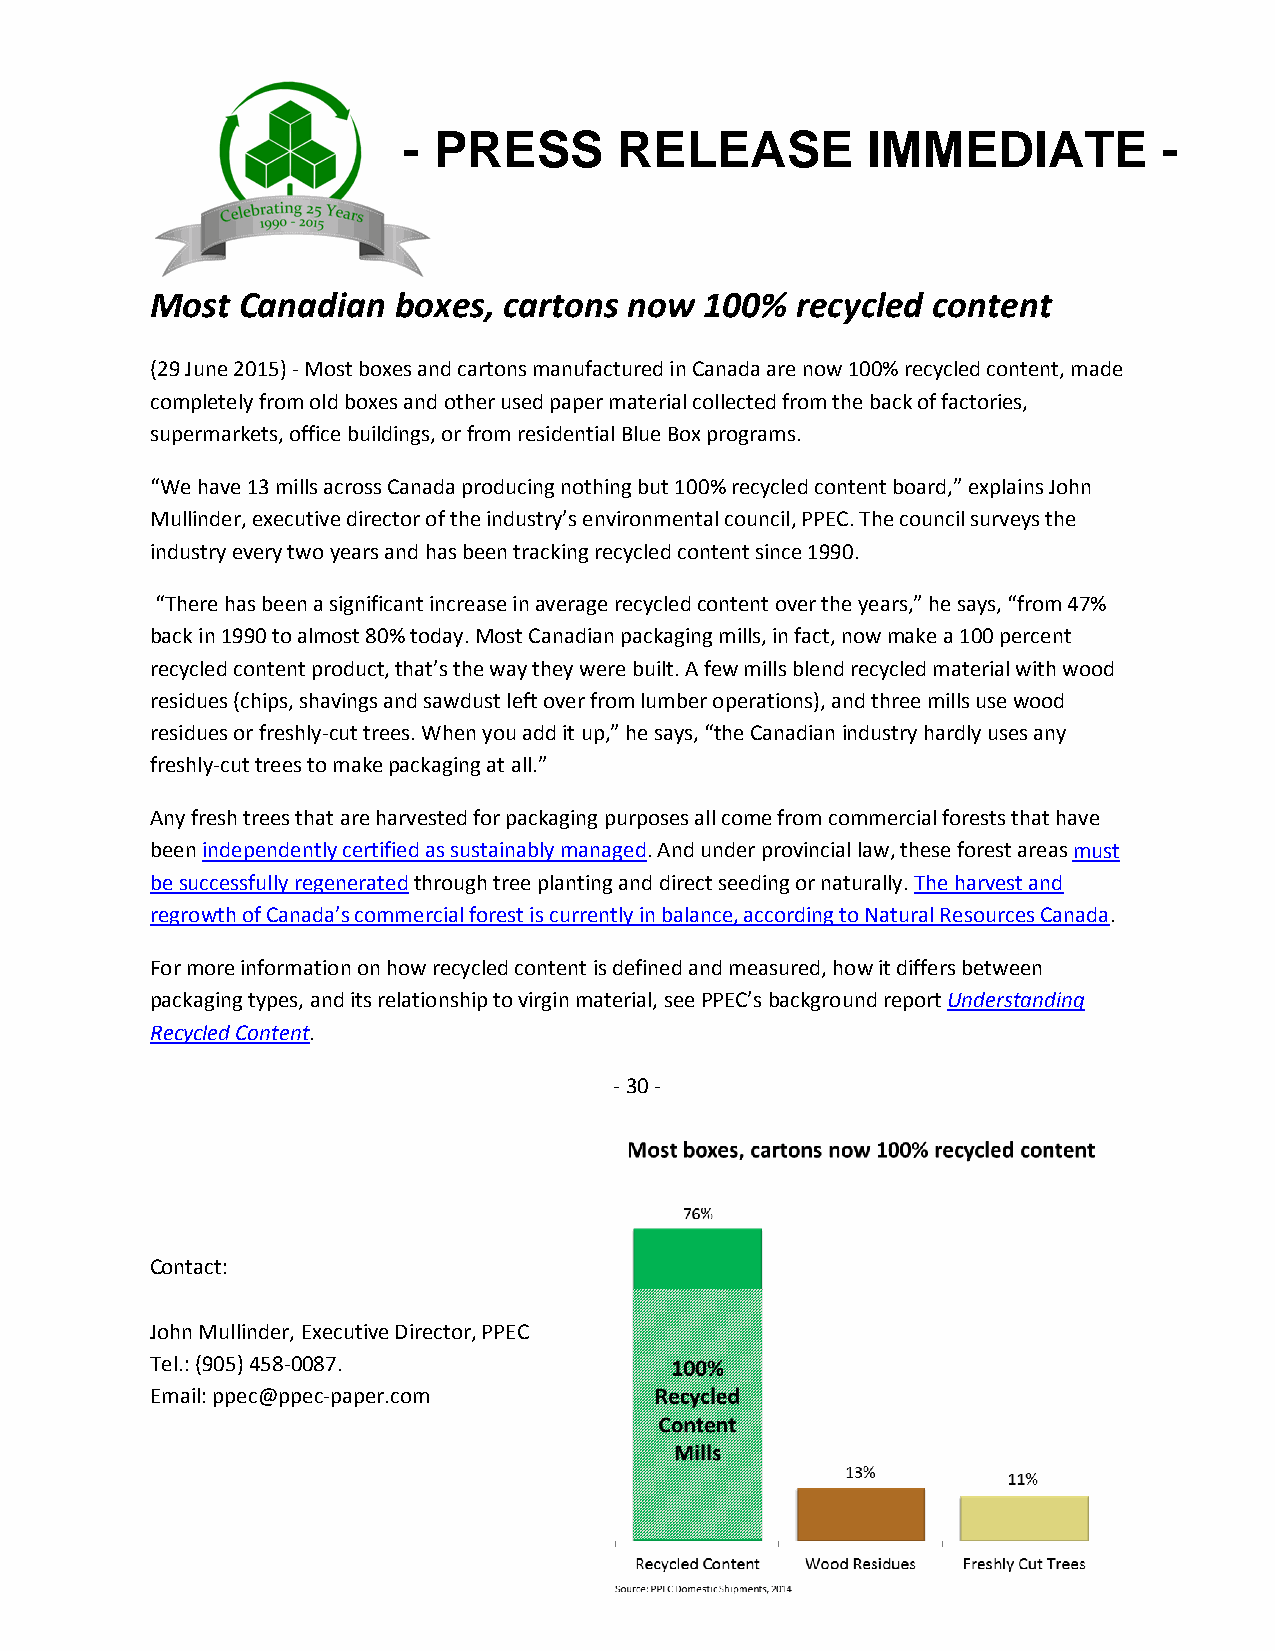
- PRESS       RELEASE         IMMEDIATE           -
 Most  Canadian  boxes, cartons  now  100%  recycled content
 (29 June 2015) - Most boxes and cartons manufactured in Canada are now 100% recycled content, made
 completely from old boxes and other used paper material collected from the back of factories,
 supermarkets, office buildings, or from residential Blue Box programs.
 “We have 13 mills across Canada producing nothing but 100% recycled content board,” explains John
 Mullinder, executive director of the industry’s environmental council, PPEC. The council surveys the
 industry every two years and has been tracking recycled content since 1990.
 “There has been a significant increase in average recycled content over the years,” he says, “from 47%
 back in 1990 to almost 80% today. Most Canadian packaging mills, in fact, now make a 100 percent
 recycled content product, that’s the way they were built. A few mills blend recycled material with wood
 residues (chips, shavings and sawdust left over from lumber operations), and three mills use wood
 residues or freshly-cut trees. When you add it up,” he says, “the Canadian industry hardly uses any
 freshly-cut trees to make packaging at all.”
 Any fresh trees that are harvested for packaging purposes all come from commercial forests that have
 been independently certified as sustainably managed. And under provincial law, these forest areas must
 be successfully regenerated through tree planting and direct seeding or naturally. The harvest and
 regrowth of Canada’s commercial forest is currently in balance, according to Natural Resources Canada.
 For more information on how recycled content is defined and measured, how it differs between
 packaging types, and its relationship to virgin material, see PPEC’s background report Understanding
 Recycled Content.
 - 30 -
 Contact:
 John Mullinder, Executive Director, PPEC
 Tel.: (905) 458-0087.
 Email: ppec@ppec-paper.com